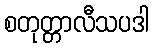
စတုတ္တာလီသပဒါ